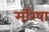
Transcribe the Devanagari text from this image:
मरिषा